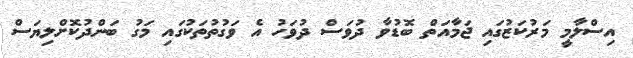
އިސްލާމީ މަރުކަޒުގައި ޖަމާއަތް ބޮޑުވާ ދުވަސް ދުވަހު އެ ވަގުތުތަކުގައި މަގު ބަންދުކޮށްލިޔަސް